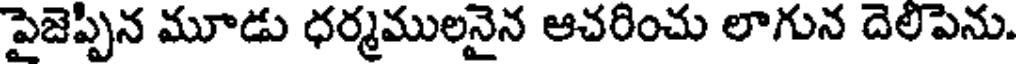
పైజెప్పిన మూడు ధర్మములనైన ఆచరించు లాగున దెలిపెను.